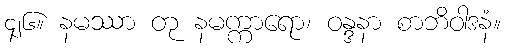
၄၂၆။ နမဿာ တု နမက္ကာရော၊ ဝန္ဒနာ စာဘိဝါဒနံ။